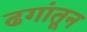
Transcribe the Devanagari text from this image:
ढगांतून